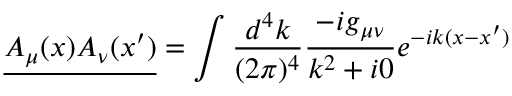
{ \underline { { A _ { \mu } ( x ) A _ { \nu } ( x ^ { \prime } ) } } } = \int { \frac { d ^ { 4 } k } { ( 2 \pi ) ^ { 4 } } } { \frac { - i g _ { \mu \nu } } { k ^ { 2 } + i 0 } } e ^ { - i k ( x - x ^ { \prime } ) }